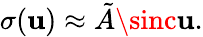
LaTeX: \sigma(\mathbf{u})\approx\tilde{{A}}\sinc\mathbf{u}.